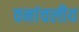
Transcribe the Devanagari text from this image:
वनांचलीय